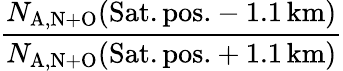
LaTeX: \frac{N_{\mathrm{A,N+O}}(\mathrm{Sat.pos.}-1.1\, \mathrm{km})}{N_{\mathrm{A,N+O}}(\mathrm{Sat.pos.}+1.1\, \mathrm{km})}